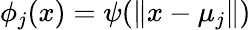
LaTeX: \phi_{j}(x)=\psi(\| x-\mu_{j}\| )